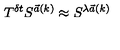
T ^ { \delta t } S ^ { { \vec { a } } ( k ) } \approx S ^ { \lambda { \vec { a } } ( k ) }